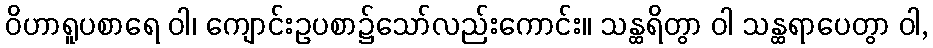
ဝိဟာရူပစာရေ ဝါ၊ ကျောင်းဥပစာ၌သော်လည်းကောင်း။ သန္ထရိတွာ ဝါ သန္ထရာပေတွာ ဝါ,